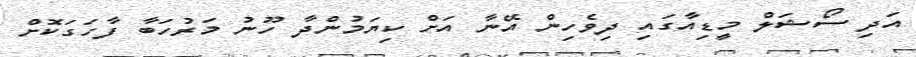
އަދި ސޯޝަލް މީޑިއާގައި ދިވެހިން އޭނާ އަށް ކިޔަމުންދާ ހޫނު މަރުހަބާ ފާހަގަކޮށް